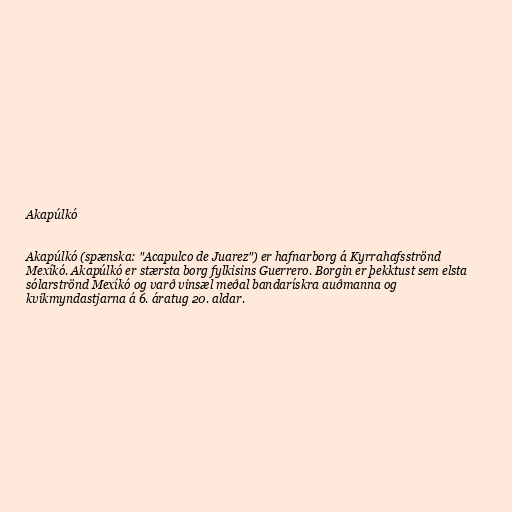
Akapúlkó

Akapúlkó (spænska: "Acapulco de Juarez") er hafnarborg á Kyrrahafsströnd
Mexíkó. Akapúlkó er stærsta borg fylkisins Guerrero. Borgin er þekktust sem elsta
sólarströnd Mexíkó og varð vinsæl meðal bandarískra auðmanna og
kvikmyndastjarna á 6. áratug 20. aldar.